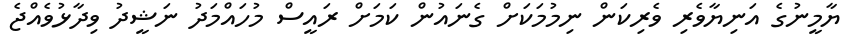
ޔާމީނުގެ އަނިޔާވެރި ވެރިކަން ނިމުމަކަށް ގެނައުން ކަމަށް ރައީސް މުހައްމަދު ނަޝީދު ވިދާޅުވެއްޖެ